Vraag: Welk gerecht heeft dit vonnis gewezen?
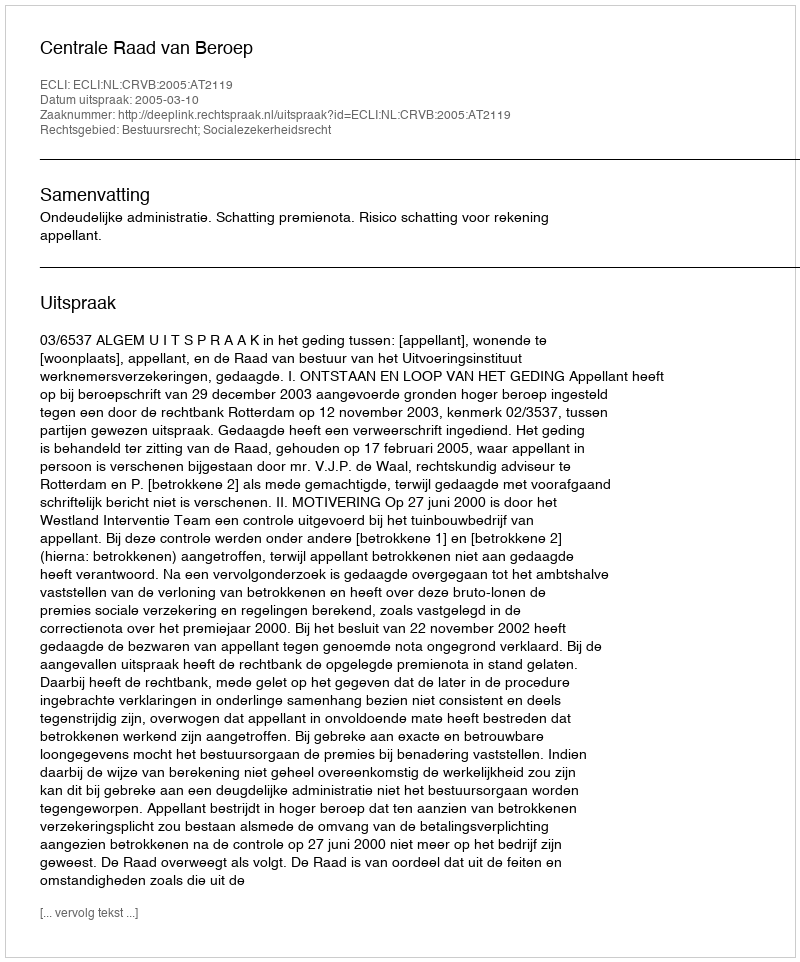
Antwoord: Centrale Raad van Beroep